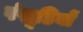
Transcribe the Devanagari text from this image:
पंखूडि़यों